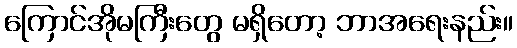
ကြောင်အိုမကြီးတွေ မရှိတော့ ဘာအရေးနည်း။